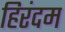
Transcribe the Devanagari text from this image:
हिरंदम